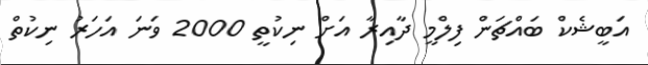
އަބީޝެކް ބައްޗަން ފިލްމީ ދާއިރާ އަށް ނިކުތީ 2000 ވަނަ އަހަރު ނިކުތް